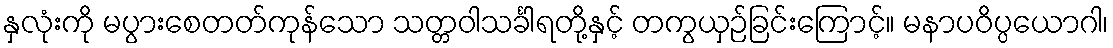
နှလုံးကို မပွားစေတတ်ကုန်သော သတ္တဝါသင်္ခါရတို့နှင့် တကွယှဉ်ခြင်းကြောင့်။ မနာပဝိပ္ပယောဂါ၊